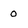
Character: 0